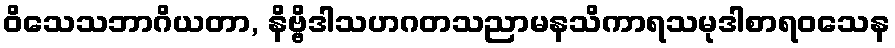
ဝိသေသဘာဂိယတာ, နိဗ္ဗိဒါသဟဂတသညာမနသိကာရသမုဒါစာရဝသေန